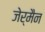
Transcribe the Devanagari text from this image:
जेर्मैन